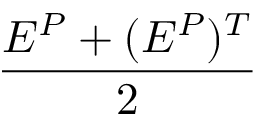
\frac { E ^ { P } + ( E ^ { P } ) ^ { T } } { 2 }